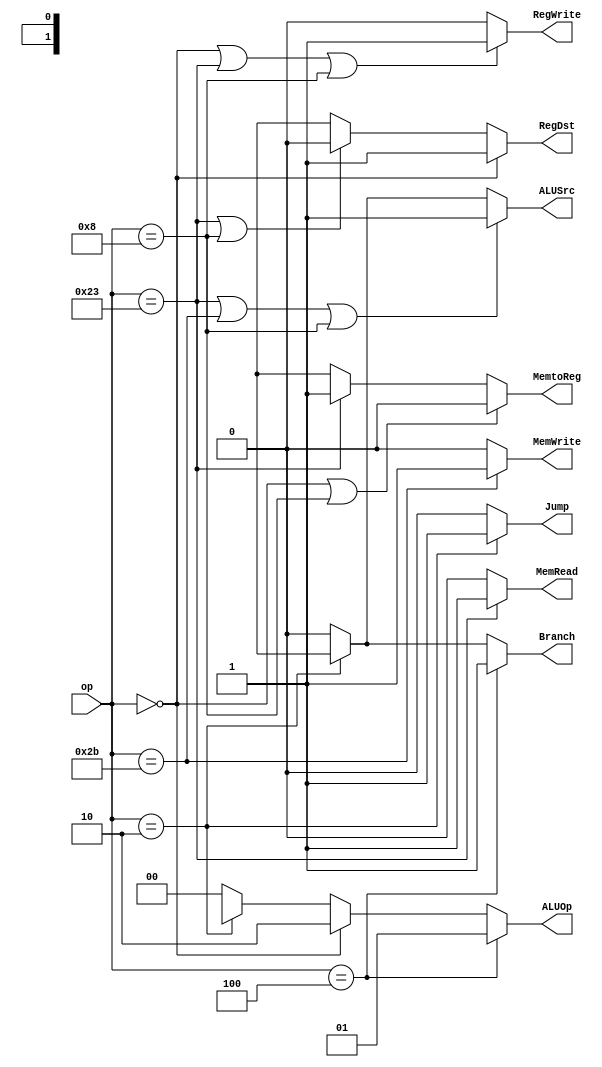
module Control(input [5:0]op,output RegDst,output Jump,output Branch,output MemRead,output MemtoReg,output [1:0]ALUOp,output MemWrite,output ALUSrc,output RegWrite);
parameter R_format=0;
parameter Beq=4;
parameter Lw=35;
parameter Sw=43;
parameter J=2;
parameter addi=8;
assign RegDst=((op==R_format)? 1'b1 : ((op==Lw||op==addi)? 1'b0 : 1'bx));
assign Jump=(op==J)? 1'b1 : 1'b0;
assign Branch=(op==Beq)? 1'b1 : (op==J)? 1'bx : 1'b0;
assign MemRead=(op==Lw)? 1'b1 : 1'b0;
assign MemtoReg=(op==R_format||op==addi)? 1'b0:(op==Lw)? 1'b1 : 1'bx;
assign ALUOp=(op==Beq)? 2'b01 : (op==R_format)? 2'b10 : (op==J)? 2'bxx : 2'b00;
assign MemWrite=(op==Sw)? 1'b1 : 1'b0;
assign ALUSrc=(op==Lw||op==Sw||op==addi)? 1'b1 : (op==J)? 1'bx : 1'b0;
assign RegWrite=(op==R_format||op==Lw||op==addi)? 1'b1 : 1'b0;
endmodule
module ControlTest;
reg [5:0]op;wire [1:0]ALUOp;wire RegDst,Jump, Branch, MemRead, MemtoReg, MemWrite, ALUSrc, RegWrite;
initial
begin
$monitor("RegDst=%b ALUSrc=%b MemtoReg=%b RegWrite=%b MemRead=%b MemWrite=%b Branch=%b ALUOp=%b Jump=%b",RegDst,ALUSrc,MemtoReg,RegWrite,MemRead,MemWrite,Branch,ALUOp,Jump);
#10
op=0;
#10
op=35;
#10
op=43;
#10
op=4;
#10
op=2;
#10
op=8;
end
Control controlUnit(op, RegDst,Jump, Branch, MemRead, MemtoReg, ALUOp, MemWrite, ALUSrc, RegWrite);
endmodule